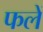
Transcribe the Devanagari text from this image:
फलें